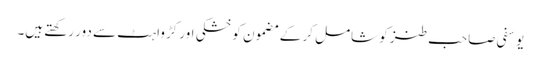
یوسفی صاحب طنز کو شامل کر کے مضمون کو خشکی اور کڑواہٹ سے دور رکھتے ہیں۔